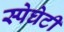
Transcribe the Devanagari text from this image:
स्पेघेटी